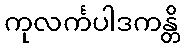
ကုလင်္ကပါဒကန္တိ